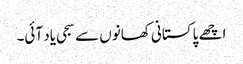
اچھے پاکستانی کھانوں سے سجی یاد آئی۔